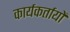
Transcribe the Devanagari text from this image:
कार्यकर्तायों